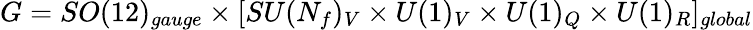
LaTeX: G=SO(12)_{gauge}\times[SU(N_{f})_{V}\times U(1)_{V}\times U(1)_{Q}\times U(1)_{R}]_{global}